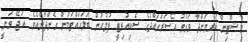
މިޝޫޓިން ކުރިޔަށްދާ ވަގުތު އެސަރަހައްދުގެ ސެކިއުރިޓީ ފުލުހުން ބަލަހައްޓަމުން ގެންދާނެއެވެ. އަޖޭ ވަނީ